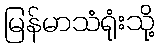
မြန်မာသံရုံးသို့